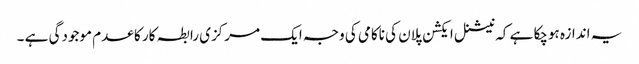
یہ اندازہ ہوچکا ہے کہ نیشنل ایکشن پلان کی ناکامی کی وجہ ایک مرکزی رابطہ کار کا عدم موجودگی ہے ۔